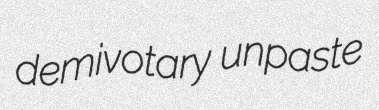
demivotary unpaste